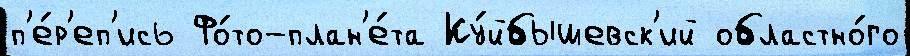
п'е́р'еп'ись Фо́то-план'е́та Ку́йбышевск'ий областно́го